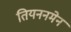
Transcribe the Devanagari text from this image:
तियननमेन